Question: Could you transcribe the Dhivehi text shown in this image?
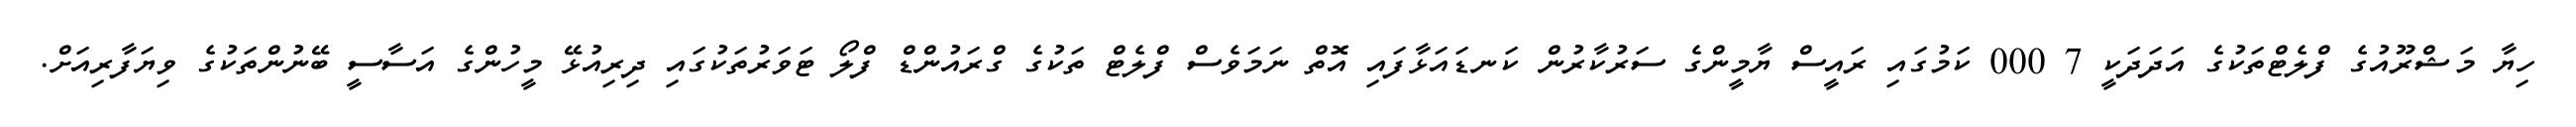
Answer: ހިޔާ މަޝްރޫއުގެ ފްލެޓްތަކުގެ އަދަދަކީ 7 000 ކަމުގައި ރައީސް ޔާމީންގެ ސަރުކާރުން ކަނޑައަޅާފައި އޮތް ނަމަވެސް ފްލެޓް ތަކުގެ ގްރައުންޑް ފްލޯ ޓަވަރުތަކުގައި ދިރިއުޅޭ މީހުންގެ އަސާސީ ބޭނުންތަކުގެ ވިޔަފާރިއަށް.